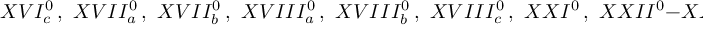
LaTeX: X V I _ { c } ^ { 0 } \, , \, \, X V I I _ { a } ^ { 0 } \, , \, \, X V I I _ { b } ^ { 0 } \, , \, \, X V I I I _ { a } ^ { 0 } \, , \, \, X V I I I _ { b } ^ { 0 } \, , \, \, X V I I I _ { c } ^ { 0 } \, , \, \, X X I ^ { 0 } \, , \, \, X X I I ^ { 0 } - X X I X ^ { 0 } \, \,